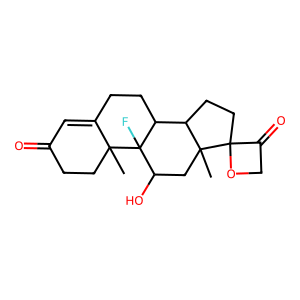
SMILES: CC12CCC(=O)C=C1CCC1C3CCC4(OCC4=O)C3(C)CC(O)C12F
Inhibits HIV replication: No